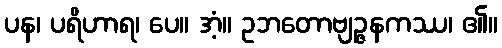
ပန၊ ပရိဟာရ၊ ပေ။ အံ့။ ဥဘတောဗျဉ္ဇနကဿ၊ ၏။